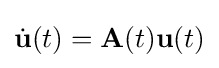
{\dot {\mathbf {u} }}(t)=\mathbf {A} (t)\mathbf {u} (t)